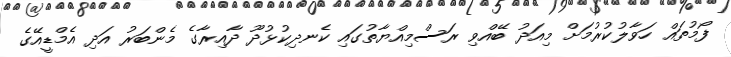
ފޯމުތައް ހަވާލުކުރުމަށް މިއަދު ބޭއްވި ރަސްމިއްޔާތުގައި ކެނދިކުޅުދޫ ދާއިރާގެ މެންބަރު އަދި އެމްޑީއޭގެ